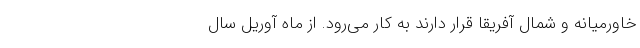
خاورمیانه و شمال آفریقا قرار دارند به کار می‌رود. از ماه آوریل سال